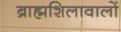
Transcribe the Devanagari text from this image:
ब्राह्मशिलावालों